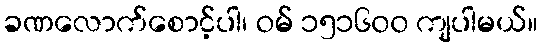
ခဏလောက်စောင့်ပါ၊ ဝမ် ၁၅၁၆၀၀ ကျပါမယ်။